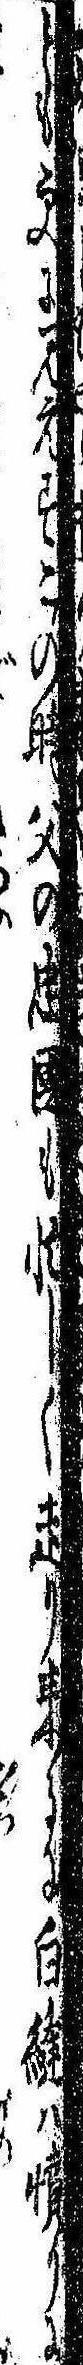
ども更に見えずこの時父の忠国も忙しく走り来るに白縫は憤りに